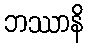
ဘဿာနိ